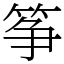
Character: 筝